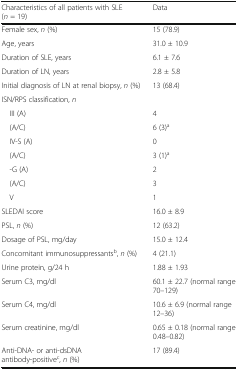
<table><thead><tr><td><b>Characteristics of all patients with SLE (<i>n</i> = 19)</b></td><td><b>Data</b></td></tr></thead><tbody><tr><td>Female sex, <i>n</i> (%)</td><td>15 (78.9)</td></tr><tr><td>Age, years</td><td>31.0 ± 10.9</td></tr><tr><td>Duration of SLE, years</td><td>6.1 ± 7.6</td></tr><tr><td>Duration of LN, years</td><td>2.8 ± 5.8</td></tr><tr><td>Initial diagnosis of LN at renal biopsy, <i>n</i> (%)</td><td>13 (68.4)</td></tr><tr><td colspan="2">ISN/RPS classification, <i>n</i></td></tr><tr><td> III (A)</td><td>4</td></tr><tr><td> (A/C)</td><td>6 (3)<sup>a</sup></td></tr><tr><td> IV-S (A)</td><td>0</td></tr><tr><td> (A/C)</td><td>3 (1)<sup>a</sup></td></tr><tr><td> -G (A)</td><td>2</td></tr><tr><td> (A/C)</td><td>3</td></tr><tr><td> V</td><td>1</td></tr><tr><td>SLEDAI score</td><td>16.0 ± 8.9</td></tr><tr><td>PSL, <i>n</i> (%)</td><td>12 (63.2)</td></tr><tr><td>Dosage of PSL, mg/day</td><td>15.0 ± 12.4</td></tr><tr><td>Concomitant immunosuppressants<sup>b</sup>, <i>n</i> (%)</td><td>4 (21.1)</td></tr><tr><td>Urine protein, g/24 h</td><td>1.88 ± 1.93</td></tr><tr><td>Serum C3, mg/dl</td><td>60.1 ± 22.7 (normal range 70–129)</td></tr><tr><td>Serum C4, mg/dl</td><td>10.6 ± 6.9 (normal range 12–36)</td></tr><tr><td>Serum creatinine, mg/dl</td><td>0.65 ± 0.18 (normal range 0.48–0.82)</td></tr><tr><td>Anti-DNA- or anti-dsDNA antibody-positive<sup>c</sup>, <i>n</i> (%)</td><td>17 (89.4)</td></tr></tbody></table>